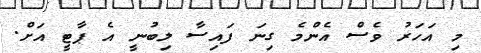
މި އަހަރު ވެސް އެންމެ ގިނަ ފައިސާ ލިބުނީ އެ ޕާޓީ އަށް.